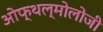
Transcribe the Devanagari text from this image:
ओफ्थल्मोलोजी